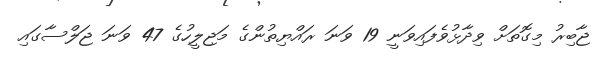
ޖާބިރު މިގޮތަށް ވިދާޅުވެފައިވަނީ 19 ވަނަ ރައްޔިތުންގެ މަޖިލީހުގެ 47 ވަނަ ޖަލްސާގައި